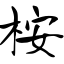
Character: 桉